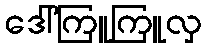
ဒေါ်ကြူကြူလှ